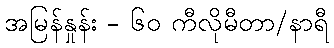
အမြန်နှုန်း - ၆၀ ကီလိုမီတာ/နာရီ